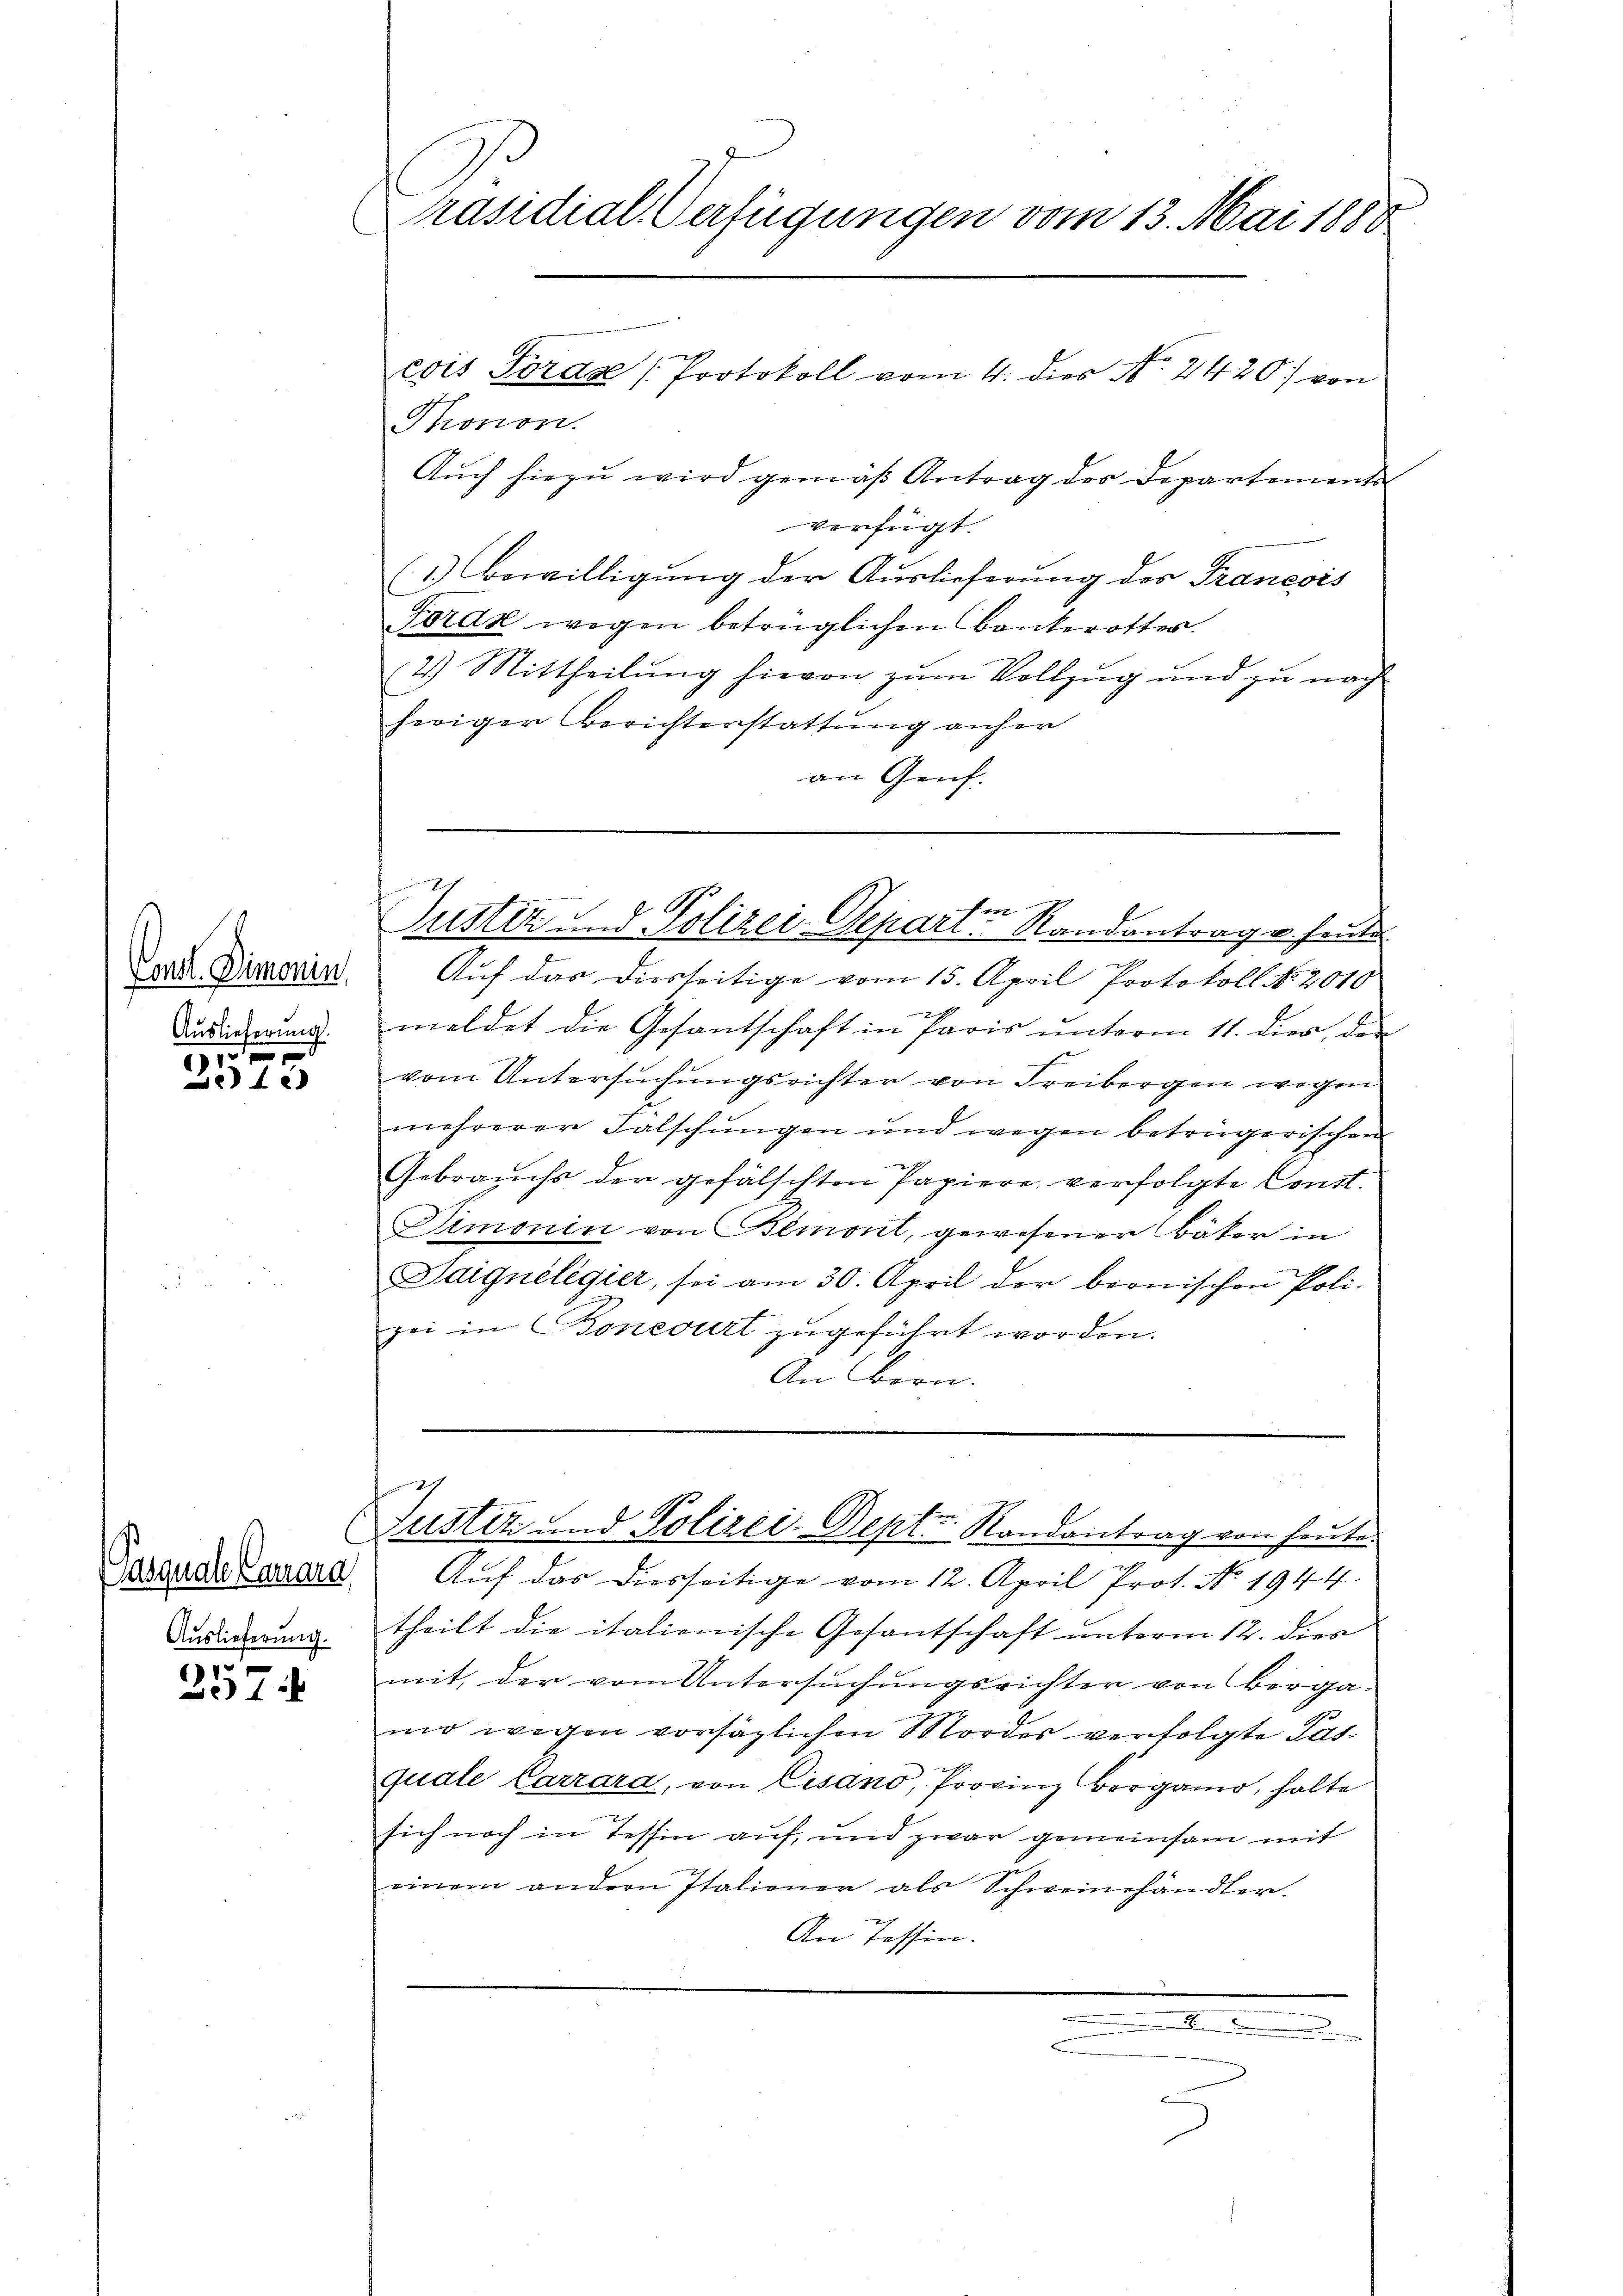
Const. Demonin,
Auslieferung.

1
4x

Pasquale Carrara
Auslieferung.

1
1

Präsidial-Verfügungen vom 13. Mai 1888

Thonon
Auch hiezu wird gemäß Antrag des Departements
verfügt:
(1.) Bewilligung der Auslieferung des Francois
Förde wegen betrüglichen Bankerottes.
2.) Mittheilung hievon zum Vollzug und zu nach
heriger Berichterstattung anher
an Genf.
en
Justiz und Polizei-Depari. Randantrag u. heute
Auf das diesseitige vom 15. April Protokoll No. 2010
x
meldet die Gesantschaft in Paris ŭnterm 11. dies den
vom Untersuchungsrichter von Freibergen wegen
mehrerer Fälschungen und wegen betrügerischen
Gebrauchs der gefälschten Papiere verfolgte Const.
Simonin von Bemont, gewesener Bäker in
Baignelegier, sei am 30. April der bernischen Poli-
zei in Boneburt zugeführt worden.
An Bern.

eois Sorase [Protokoll vom 4. dies No. 2420. von

2
h
zustiz und Polizei-Deptr. Randantrag von heute.

e
Auf das diesseitige vom 12. April Prot. No. 1944
theilt die italienische Gesantschaft unterm 12. dies
mit, der vom Untersuchungsrichter von Berga-
mo wegen vorsäglichen Mordes verfolgte Pasquale Carrara, von Eisano, Provinz Borgano, holte
sich noch in Tessin auf, und zwar gemeinsam mit
einem andern Italienen als Schweinhändler.
An Tessin.
............